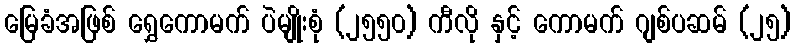
မြေခံအဖြစ် ရွှေကောမက် ပဲမျိုးစုံ (၂၅၅၀) ကီလို နှင့် ကောမက် ဂျစ်ပဆမ် (၂၅)